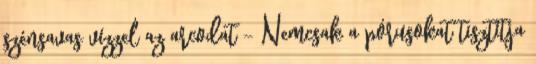
szénsavas vízzel az arcodat - Nemcsak a pórusokat tisztítja